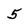
Character: 5